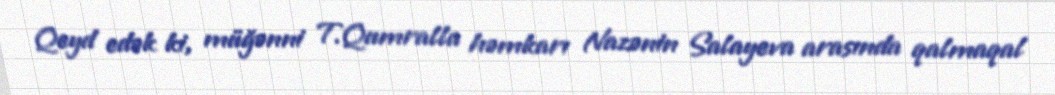
Qeyd edək ki, müğənni T.Qumralla həmkarı Nazənin Salayeva arasında qalmaqal